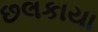
છલકાયા